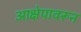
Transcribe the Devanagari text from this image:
आक्षेपावरून